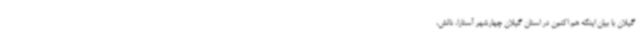
گیلان با بیان اینکه هم اکنون در استان گیلان چهارشهر آستارا، تالش،